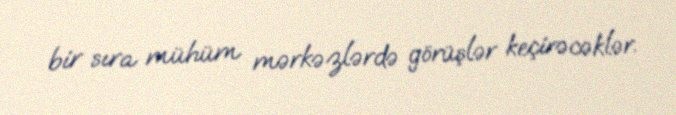
bir sıra mühüm mərkəzlərdə görüşlər keçirəcəklər.